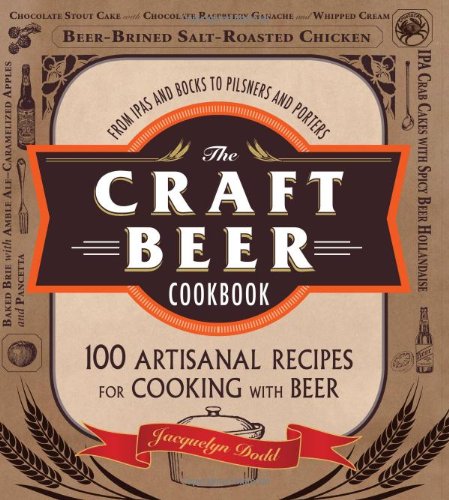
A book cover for The Craft Beer Cookbook: From IPAs and Bocks to Pilsners and Porters, 100 Artisanal Recipes for Cooking with Beer; Jacquelyn Dodd; Cookbooks, Food & Wine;